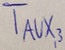
Text: TAUX,3